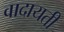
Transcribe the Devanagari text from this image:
वादायती